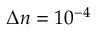
\Delta n = 1 0 ^ { - 4 }